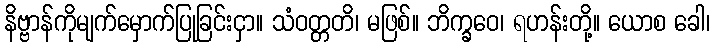
နိဗ္ဗာန်ကိုမျက်မှောက်ပြုခြင်းငှာ။ သံဝတ္တတိ၊ မဖြစ်။ ဘိက္ခဝေ၊ ရဟန်းတို့။ ယောစ ခေါ၊